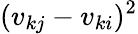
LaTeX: (v_{kj}-v_{ki})^{2}